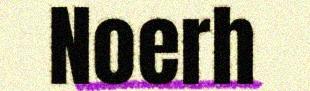
Noerh